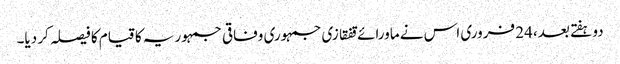
دو ہفتے بعد، 24 فروری اس نے ماورائے قفقازی جمہوری وفاقی جمہوریہ کا قیام کا فیصلہ کر دیا۔